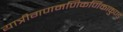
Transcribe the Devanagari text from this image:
यात्रीगणमणिकर्णिकाकुण्ड